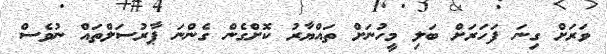
ވަރަށް ގިނަ ފަހަރަށް ބަލި މީހުނަށް ތައްޔާރު ކޮށްގެން ގެންނަ ޕާރުސަލްތައް ނުވެސް